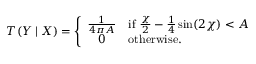
T ( Y \mid X ) = \left\{ \begin{array} { c l } { { \frac { 1 } { 4 \pi A } } } & { { \mathrm { i f } ~ \frac { \chi } { 2 } - \frac { 1 } { 4 } \sin ( 2 \chi ) < A } } \\ { { 0 } } & { { \mathrm { o t h e r w i s e . } } } \end{array} \right.